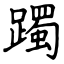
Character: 躅